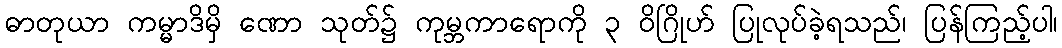
ဓာတုယာ ကမ္မာဒိမှိ ဏော သုတ်၌ ကုမ္ဘကာရောကို ၃ ဝိဂြိုဟ် ပြုလုပ်ခဲ့ရသည်၊ ပြန်ကြည့်ပါ၊